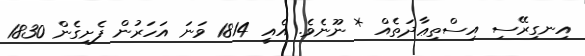
އިނގިރޭސި އިސްތިޢާދަތެއް * ނޫނެވެ. އެއީ 1814 ވަނަ އަހަރުން ފެށިގެން 1830